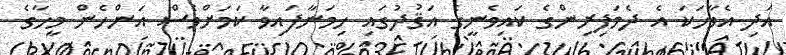
އަދި އެވާހަކަ އެ ދެމަފިރިންގެ ކައިވެނީގެ އަޤުދުގައި ހިމަނާފައިވާ ކަމަށްވެސް އަންހެން މީހާގެ